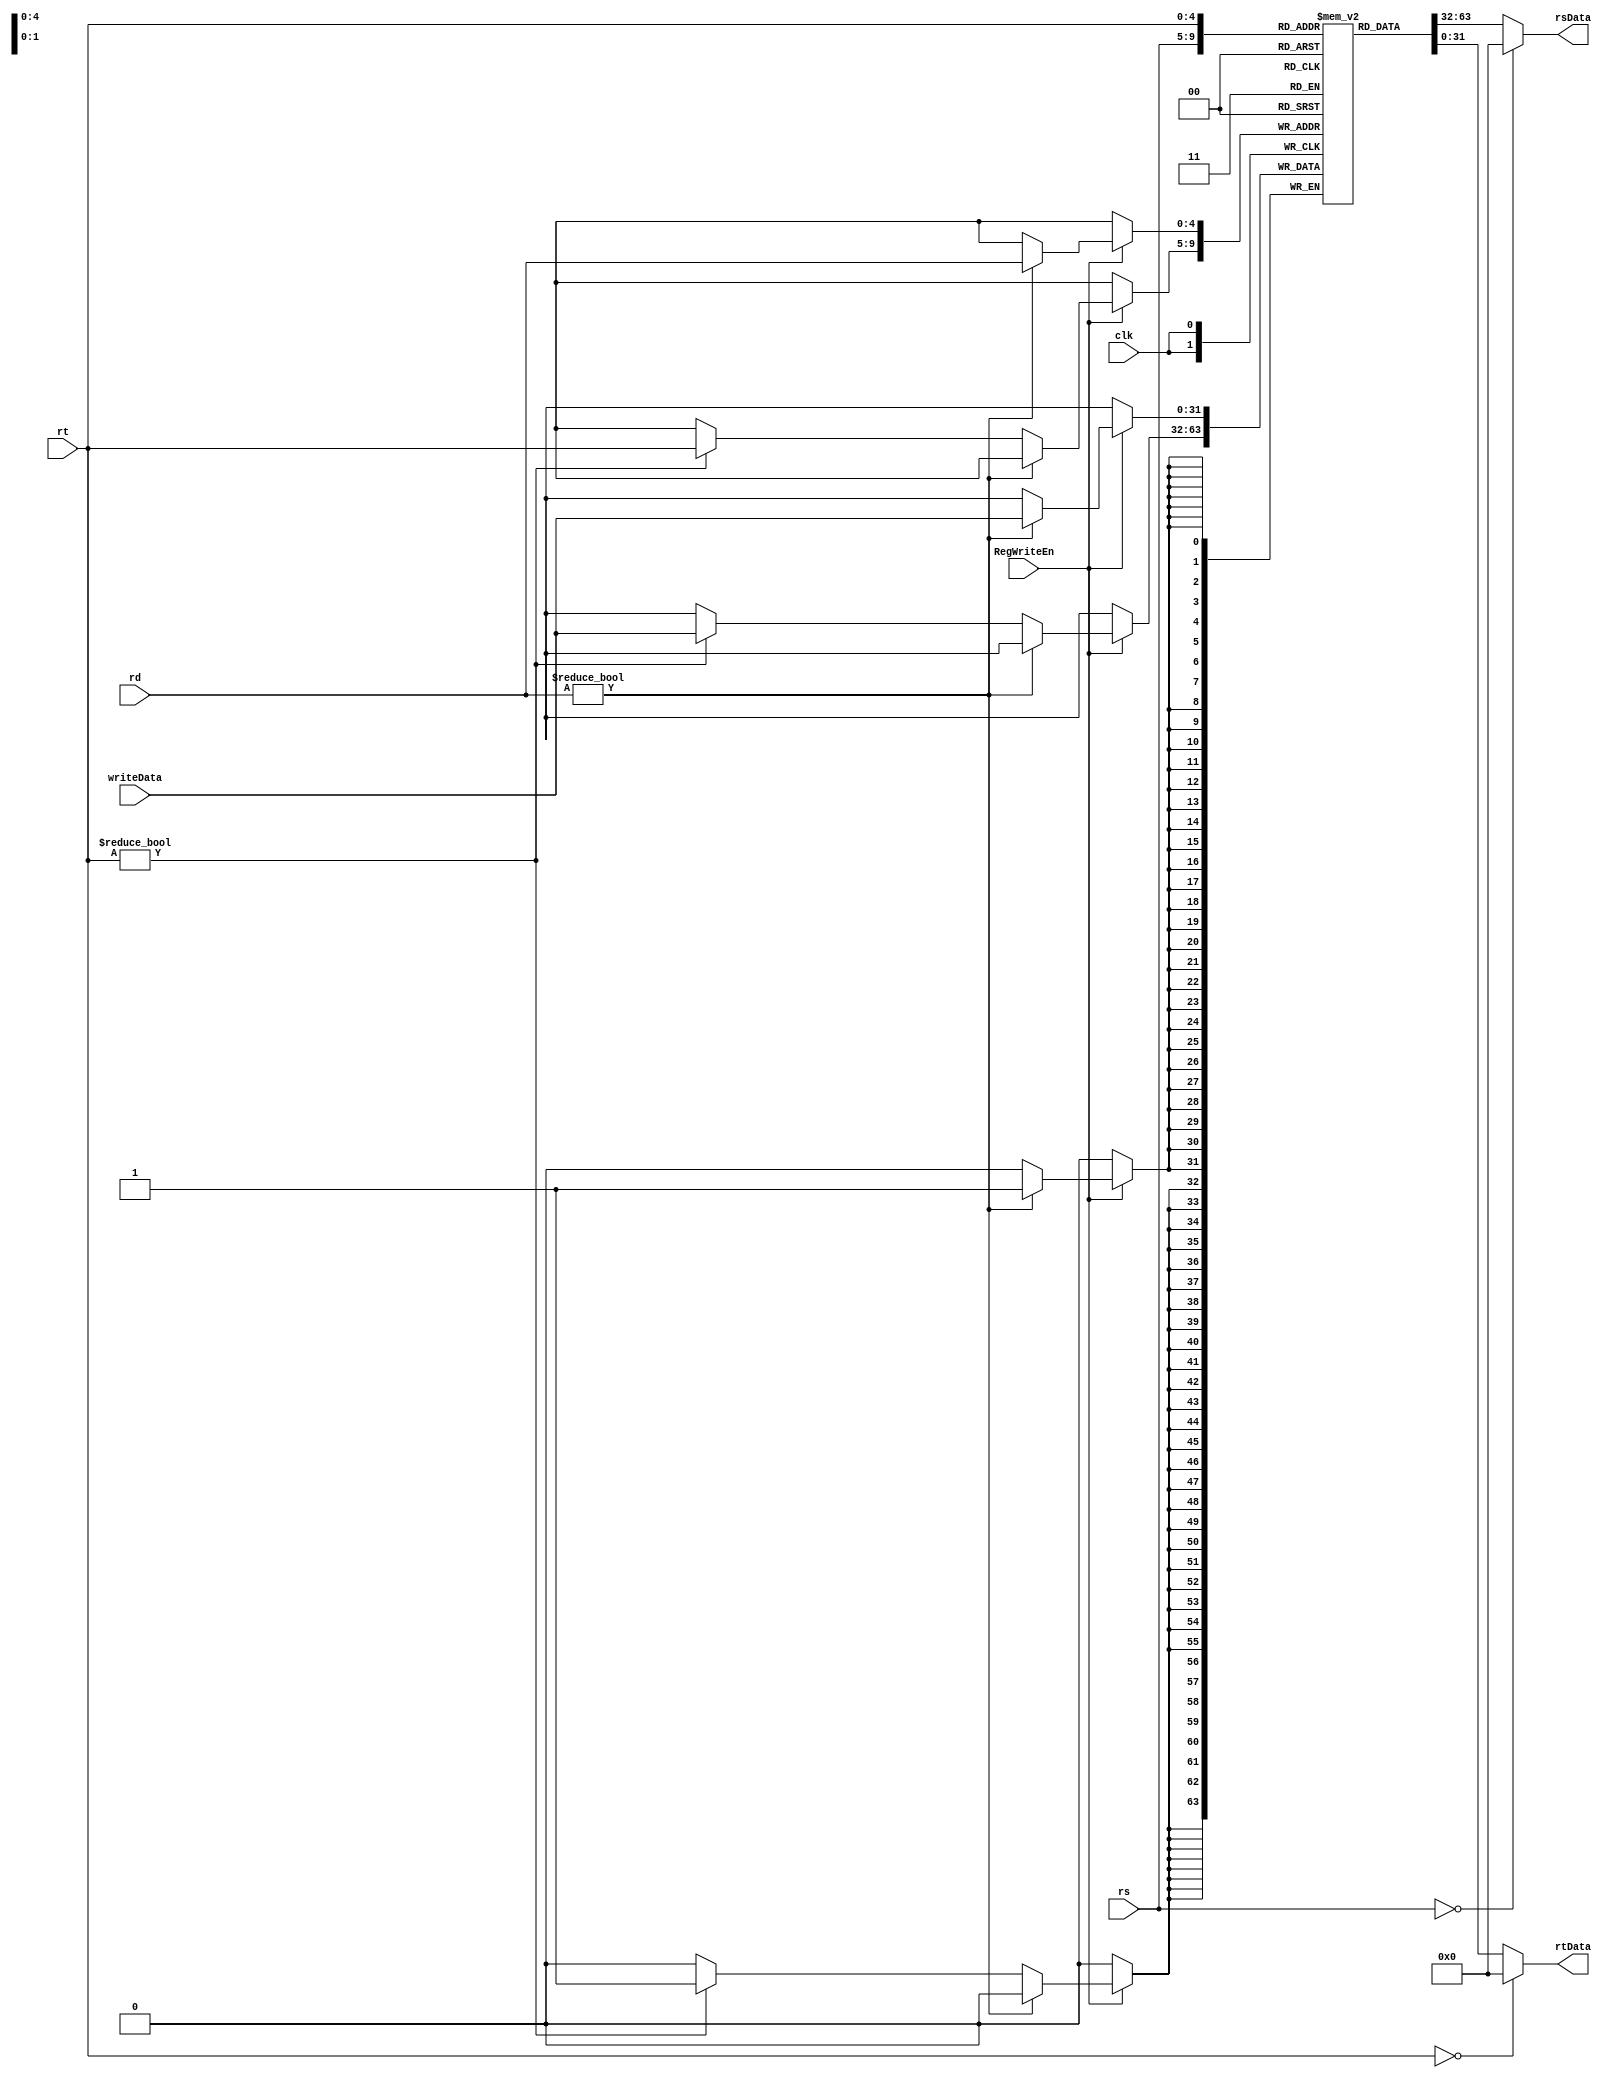
`timescale 1ns / 1ps
//////////////////////////////////////////////////////////////////////////////////
// Company: 
// Engineer: 
// 
// Design Name: 
// Module Name: RegFile
// Project Name: 
// Target Devices: 
// Tool Versions: 
// Description: 
// 
// Dependencies: 
// 
// Revision:
// Revision 0.01 - File Created
// Additional Comments:
// 
//////////////////////////////////////////////////////////////////////////////////

 module RegFile(
    input clk,
    input [4:0] rs,
    input [4:0] rt,
    input [4:0] rd,
    input [31:0] writeData,
    input RegWriteEn,
    output [31:0] rsData,
    output [31:0] rtData
    );
    
    reg [31:0] regs [0:31];
    //Rrd
    always @(posedge clk) begin
    if (RegWriteEn) begin
        if (rd != 0) begin
            regs[rd] <= writeData;
        end //Irt
        else if (rt != 0) begin
            regs[rt] <= writeData;
        end
    end
    end
    //regs
    assign rsData = (rs == 0) ? 32'h0 : regs[rs];
    assign rtData = (rt == 0) ? 32'h0 : regs[rt];
    
    endmodule